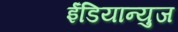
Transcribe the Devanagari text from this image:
ईंडियान्युज